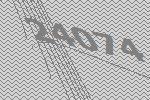
24074